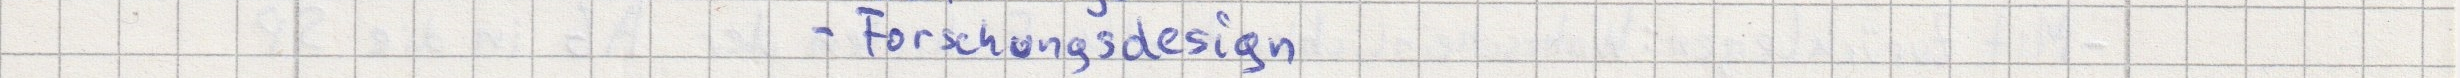
- Forschungsdesign